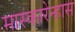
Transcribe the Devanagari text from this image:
मास्कारेन्हास